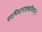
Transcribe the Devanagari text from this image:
यदभिधानाष्टकमिदम्।।